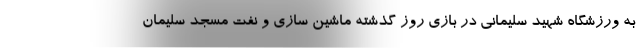
به ورزشگاه شهید سلیمانی در بازی روز گذشته ماشین سازی و نفت مسجد سلیمان